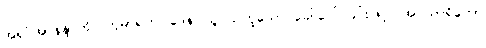
အရှင်အာနန္ဒာကို။ ကုမာရကဝါဒေန၊ သူငယ်ဟူသော ခေါ်ဝေါ်ခြင်းဖြင့်။ အပသာရိတော